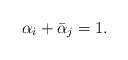
\begin{align*}\alpha_i+\bar{\alpha}_j=1.\end{align*}